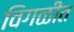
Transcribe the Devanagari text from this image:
विगळीत